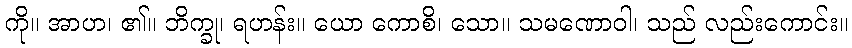
ကို။ အာဟ၊ ၏။ ဘိက္ခု၊ ရဟန်း။ ယော ကောစိ၊ သော။ သမဏောဝါ၊ သည် လည်းကောင်း။